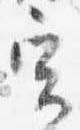
実